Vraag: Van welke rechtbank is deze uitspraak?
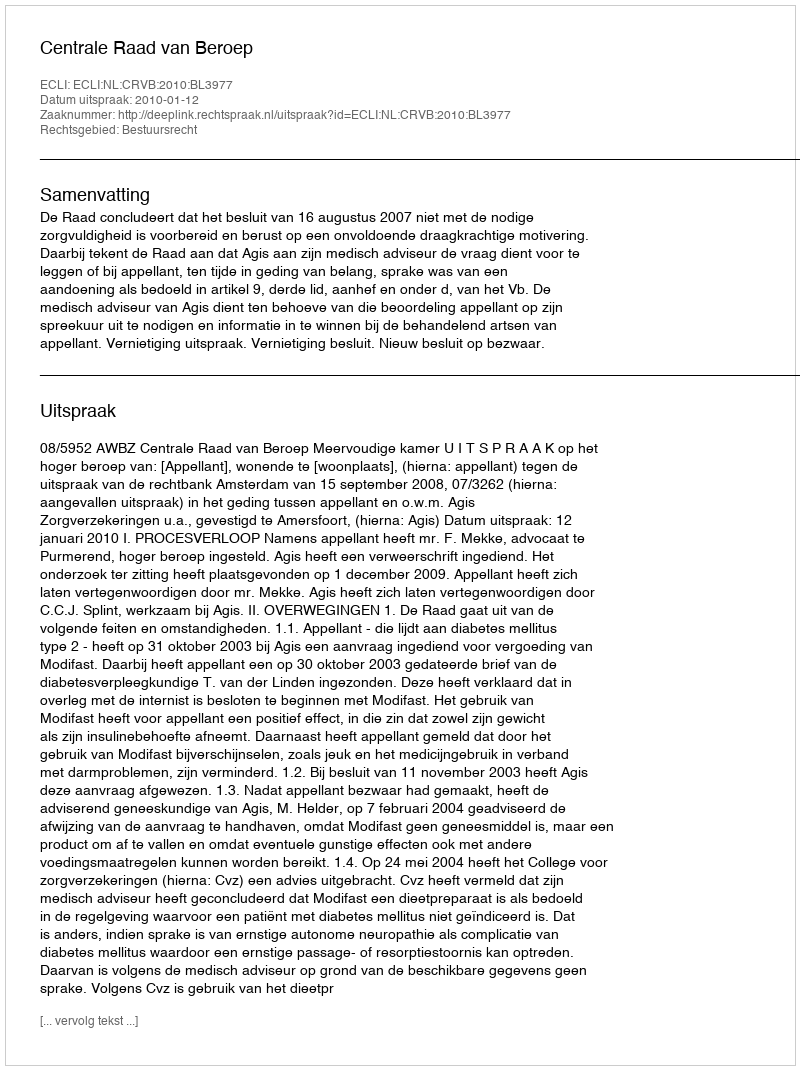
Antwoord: Centrale Raad van Beroep